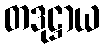
တဒုဋ္ဌာယ